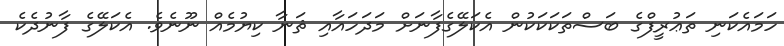
ހަމައެކަނި ތަޢުރީފްގެ ބަސްތަކަކަކުން އެކަލޭގެފާނަށް މަދަހައާއި ޘަނާ ކިޔުމެއް ނޫނެވެ. އެކަލޭގެ ފާނުދެކެ